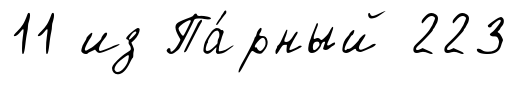
11 из Па́рный 223